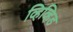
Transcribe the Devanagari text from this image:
व्हिव्हिड